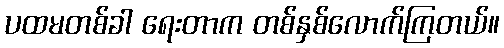
ပထမတစ်ခါ ရေးတာက တစ်နှစ်လောက်ကြတယ်။